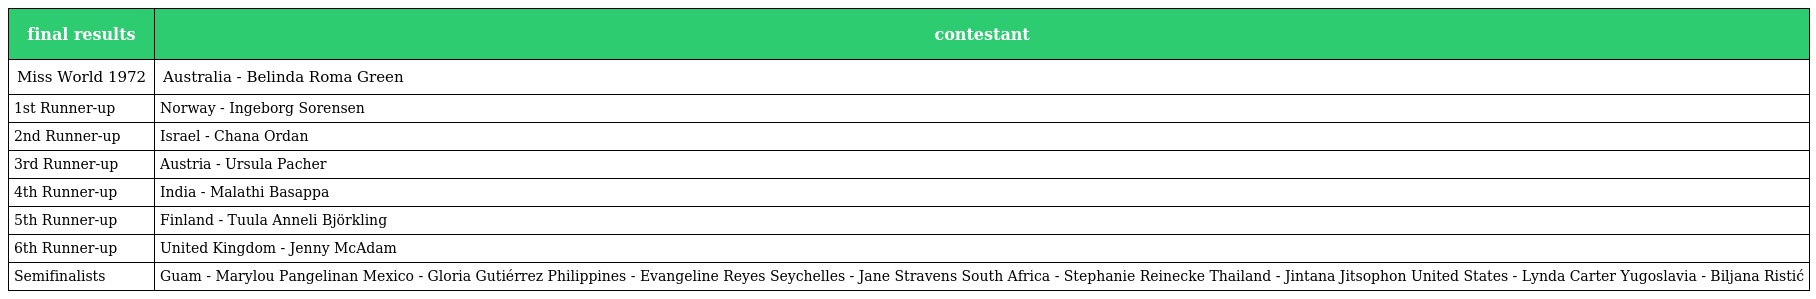
| final results | contestant |
 | --- | --- |
 | Miss World 1972 | Australia - Belinda Roma Green |
 | 1st Runner-up | Norway - Ingeborg Sorensen |
 | 2nd Runner-up | Israel - Chana Ordan |
 | 3rd Runner-up | Austria - Ursula Pacher |
 | 4th Runner-up | India - Malathi Basappa |
 | 5th Runner-up | Finland - Tuula Anneli Björkling |
 | 6th Runner-up | United Kingdom - Jenny McAdam |
 | Semifinalists | Guam - Marylou Pangelinan Mexico - Gloria Gutiérrez Philippines - Evangeline Reyes Seychelles - Jane Stravens South Africa - Stephanie Reinecke Thailand - Jintana Jitsophon United States - Lynda Carter Yugoslavia - Biljana Ristić |